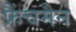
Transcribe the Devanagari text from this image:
फ्रैंचमैन